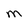
Character: M